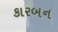
કારબન